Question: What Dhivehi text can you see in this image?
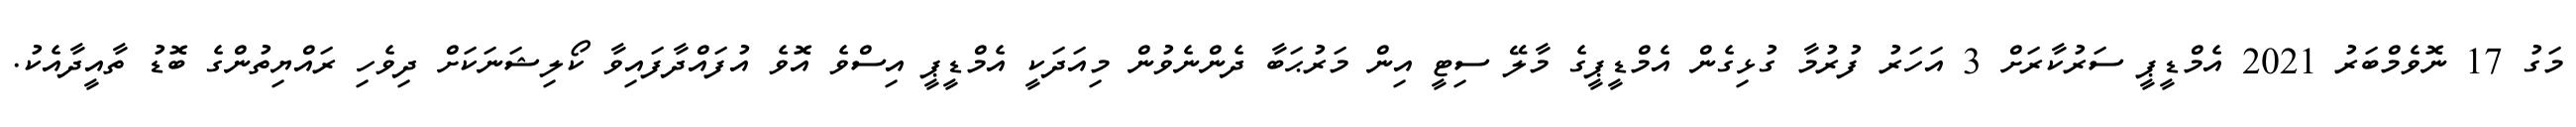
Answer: މަގު 17 ނޮވެމްބަރު 2021 އެމްޑީޕީ ސަރުކާރަށް 3 އަހަރު ފުރުމާ ގުޅިގެން އެމްޑީޕީގެ މާލޭ ސިޓީ އިން މަރުޙަބާ ދެންނެވުން މިއަދަކީ އެމްޑީޕީ އިސްވެ އޮވެ އުފައްދާފައިވާ ކޯލިޝަނަކަށް ދިވެހި ރައްޔިތުންގެ ބޮޑު ތާއީދާއެކު.